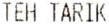
TEH TARIK